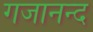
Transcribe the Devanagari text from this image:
गजानन्द